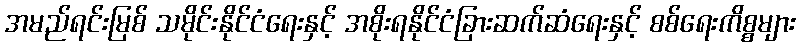
အမည်ရင်းမြစ် သမိုင်းနိုင်ငံရေးနှင့် အစိုးရနိုင်ငံခြားဆက်ဆံရေးနှင့် စစ်ရေးကိစ္စများ